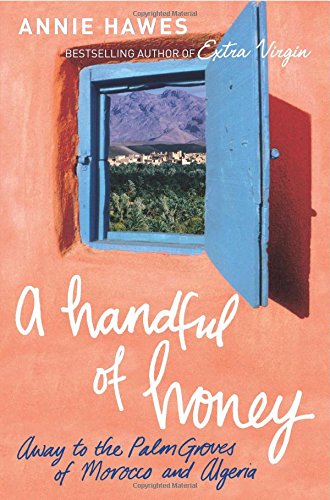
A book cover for Handful of Honey: Away to the Palm Groves of Morocco and Algeria; Annie Hawes; Travel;